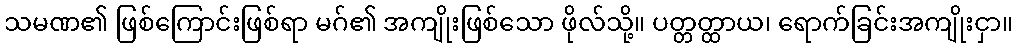
သမဏ၏ ဖြစ်ကြောင်းဖြစ်ရာ မဂ်၏ အကျိုးဖြစ်သော ဖိုလ်သို့။ ပတ္တတ္ထာယ၊ ရောက်ခြင်းအကျိုးငှာ။